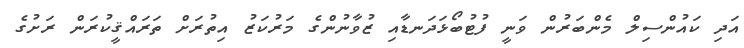
އަދި ކައުންސިލް މެންބަރުން ވަނީ ފުޓުބޯޅަދަނޑާއި ޒުވާނުންގެ މަރުކަޒު އިތުރަށް ތަރައްޤީކުރަން ރަށުގެ